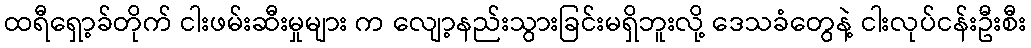
ထရီရှော့ခ်တိုက် ငါးဖမ်းဆီးမှုများ က လျော့နည်းသွားခြင်းမရှိဘူးလို့ ဒေသခံတွေနဲ့ ငါးလုပ်ငန်းဦးစီး